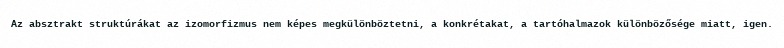
Az absztrakt struktúrákat az izomorfizmus nem képes megkülönböztetni, a konkrétakat, a tartóhalmazok különbözősége miatt, igen.